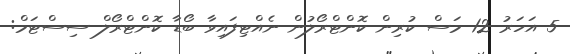
5 އަހަރު 12 މަސް ކުރިން ކޮންޓްރޯލުން ނެއްޓިފައިވާ ބޯޑާ ކޮންޓްރޯލް ސިސްޓަމް: